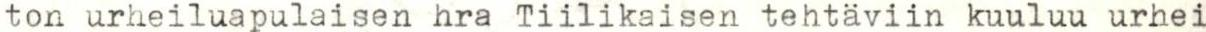
ton urheiluapulaisen hra Tiilikaisen tehtäviin kuuluu urhei